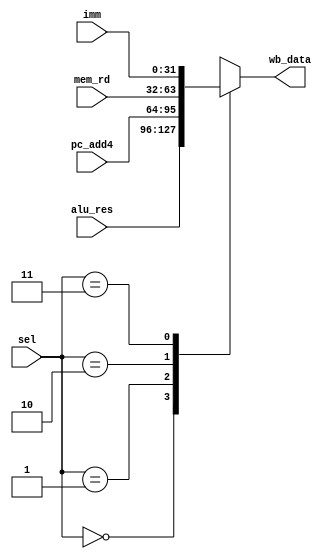
module MUX_RFwrite(
    input [1:0] sel,

    input [31:0] alu_res,
    input [31:0] pc_add4,
    input [31:0] mem_rd,
    input [31:0] imm,

    output reg [31:0] wb_data
);
    localparam ALU_RES = 2'b00;
    localparam PC_ADD4 = 2'b01;
    localparam MEM_RD = 2'b10;
    localparam IMM = 2'b11;

    always@(*) begin
        case(sel)
            ALU_RES:    wb_data = alu_res;
            PC_ADD4:    wb_data = pc_add4;
            MEM_RD:     wb_data = mem_rd;
            IMM:        wb_data = imm;
            default:    wb_data = 31'b0;//TODO:
        endcase
    end
endmodule